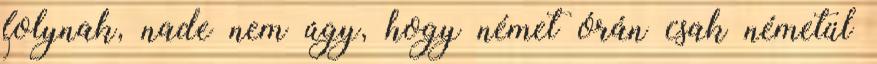
folynak, nade nem úgy, hogy német órán csak németül